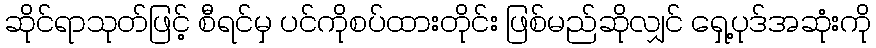
ဆိုင်ရာသုတ်ဖြင့် စီရင်မှ ပင်ကိုစပ်ထားတိုင်း ဖြစ်မည်ဆိုလျှင် ရှေ့ပုဒ်အဆုံးကို